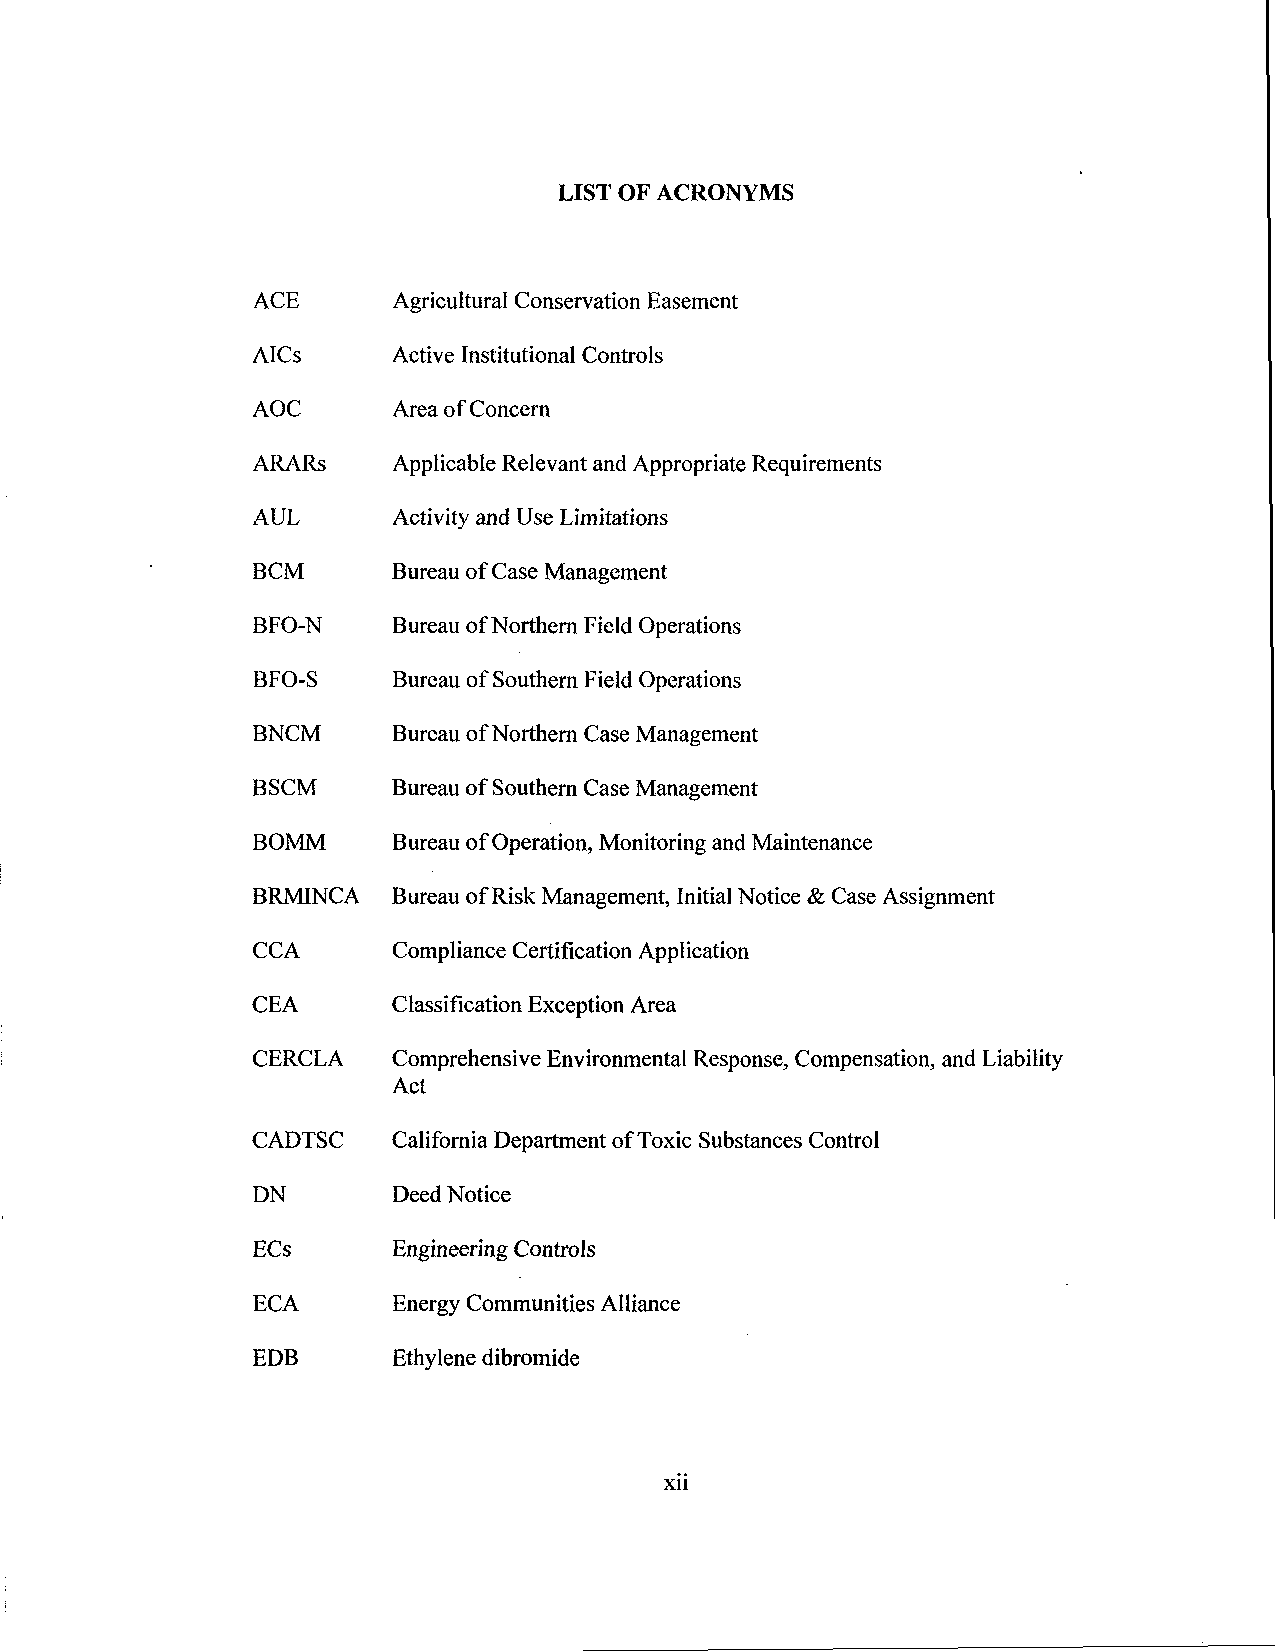
LIST OF ACRONYMS
 ACE      Agricultural Conservation Easement
 AICs     Active Institutional Controls
 AOC      Area of Concern
 ARARs    Applicable Relevant and Appropriate Requirements
 AUL      Activity and Use Limitations
 BCM      Bureau of Case Management
 BFO-N    Bureau of Northern Field Operations
 BFO-S    Bureau of Southern Field Operations
 BNCM     Bureau of Northern Case Management
 BSCM     Bureau of Southern Case Management
 BOMM     Bureau of Operation, Monitoring and Maintenance
 BRMINCA Bureau of Risk Management, Initial Notice & Case Assignment
 CCA      Compliance Certification Application
 CEA      Classification Exception Area
 CERCLA   Comprehensive Environmental Response, Compensation, and Liability
 Act
 CADTSC   California Department of Toxic Substances Control
 DN       Deed Notice
 ECs      Engineering Controls
 ECA      Energy Communities Alliance
 EDB      Ethylene dibromide
 xii